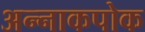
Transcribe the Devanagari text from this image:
अन्नाकपोक